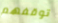
توقفهم